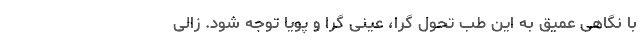
با نگاهی عمیق به این طب تحول گرا، عینی گرا و پویا توجه شود. زالی